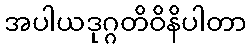
အပါယဒုဂ္ဂတိဝိနိပါတာ